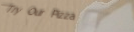
Try Our Pizza